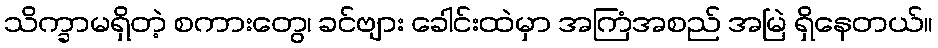
သိက္ခာမရှိတဲ့ စကားတွေ၊ ခင်ဗျား ခေါင်းထဲမှာ အကြံအစည် အမြဲ ရှိနေတယ်။